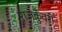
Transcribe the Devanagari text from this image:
राजकुँवरों